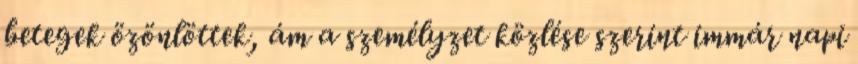
betegek özönlöttek, ám a személyzet közlése szerint immár napi